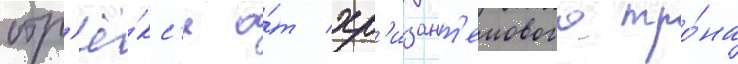
отр'ё́кс'я о́т хр'изант'емового тро́на